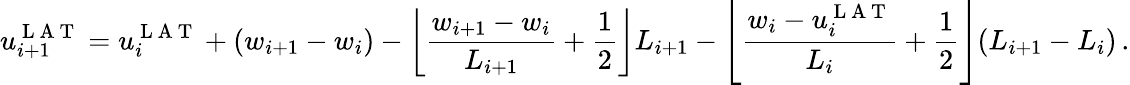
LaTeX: u_{i+1}^{\mathrm{~L~A~T~}}=u_{i}^{\mathrm{~L~A~T~}}+(w_{i+1}-w_{i})-\left\lfloor\frac{w_{i+1}-w_{i}}{L_{i+1}}+\frac{1}{2}\right\rfloor L_{i+1}-\left\lfloor\frac{w_{i}-u_{i}^{\mathrm{~L~A~T~}}}{L_{i}}+\frac{1}{2}\right\rfloor(L_{i+1}-L_{i})\, .